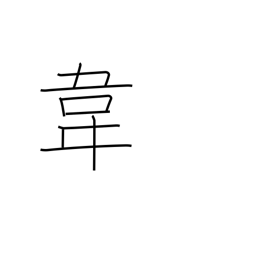
Meaning: tanned leather radical (no. 178)